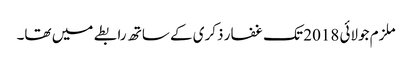
ملزم جولائی 2018 تک غفار ذکری کے ساتھ رابطے میں تھا۔